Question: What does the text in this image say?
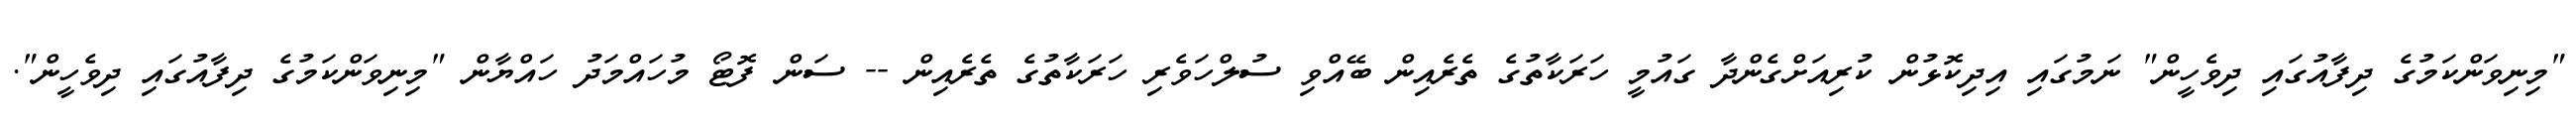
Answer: "މިނިވަންކަމުގެ ދިފާއުގައި ދިވެހީން" ނަމުގައި އިދިކޮޅުން ކުރިއަށްގެންދާ ގައުމީ ހަރަކާތުގެ ތެރެއިން ބޭއްވި ސުލްހަވެރި ހަރަކާތުގެ ތެރެއިން -- ސަން ފޮޓޯ މުހައްމަދު ހައްޔާން "މިނިވަންކަމުގެ ދިފާއުގައި ދިވެހީން".